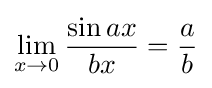
\lim _{x\to 0}{\frac {\sin ax}{bx}}={\frac {a}{b}}